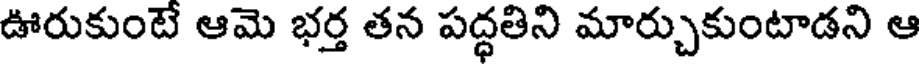
ఊరుకుంటే ఆమె భర్త తన పద్ధతిని మార్చుకుంటాడని ఆ